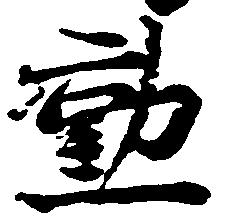
勲